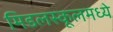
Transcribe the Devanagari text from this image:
मिडलस्कूलमध्ये